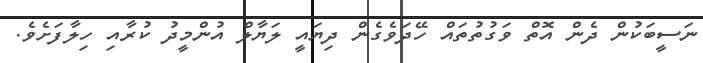
ނަސީބަކުން ދެން އޮތް ވަގުތުތައް ހޭދަވެގެން ދިޔައީ ލަޔާލް އުންމީދު ކުރާއި ހިލާފަށެވެ.